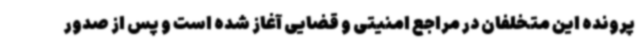
پرونده این متخلفان در مراجع امنیتی و قضایی آغاز شده است و پس از صدور